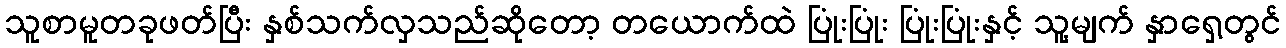
သူစာမူတခုဖတ်ပြီး နှစ်သက်လှသည်ဆိုတော့ တယောက်ထဲ ပြုံးပြုံး ပြုံးပြုံးနှင့် သူ့မျက် နှာရှေ့တွင်